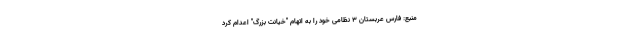
منبع: فارس عربستان ۳ نظامی خود را به اتهام "خیانت بزرگ" اعدام کرد